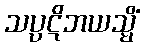
သပ္ပဋိဘယသ္မိံ